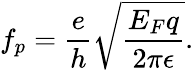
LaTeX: f_{p}=\frac{e}{h}\sqrt{\frac{E_{F}q}{2\pi\epsilon}}.